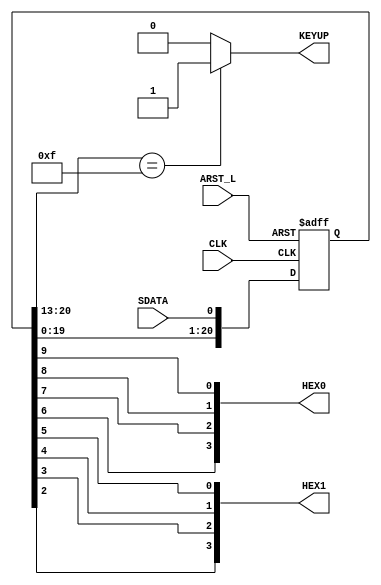
//Verilog source file for KBDecoder Module
//Brian Willis, 5/8/2017
//Outputs decoded input from keyboard as two nybbles
`timescale 1ns / 1ps

module KBDecoder(
    input CLK,
    input SDATA,
    input ARST_L,
    output wire [3:0] HEX0,
    output wire [3:0] HEX1,
    output wire KEYUP
    );
        
    wire arst_i;
    reg [21:0] shiftreg;
    assign arst_i = ~ARST_L;
    
    assign KEYUP = (shiftreg[20:13] == 8'h0F) ? 1 : 0;       //assert KEYUP on keyboard's "keyup" signal of 0xF0
    assign HEX0 = {shiftreg[6], shiftreg[7], shiftreg[8], shiftreg[9]};  //due to left shifting, reverse order of input bits from keyboard
    assign HEX1 = {shiftreg[2], shiftreg[3], shiftreg[4], shiftreg[5]};
        
    always @(negedge CLK, posedge arst_i)begin
        if(arst_i)begin
            shiftreg[21:0] = 22'b0000000000000000000000;     //clear entire shift register
        end
        else begin
             shiftreg[21:0] = {shiftreg[20:0], SDATA};       //left-shift in values from keyboard into shift register
        end
    end
endmodule